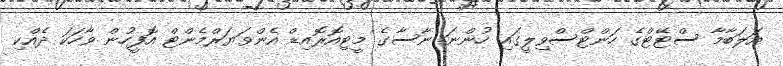
އަލަބާމާ ސްޓޭޓްގެ ހަންޓްސްވިލީގައި ހުންނަ ނާސާގެ މީޓިއޮރޮއިޑް އެންވަޔަރްމެެންޓް އޮފީހުން ވާހަކަ ދެއްކި